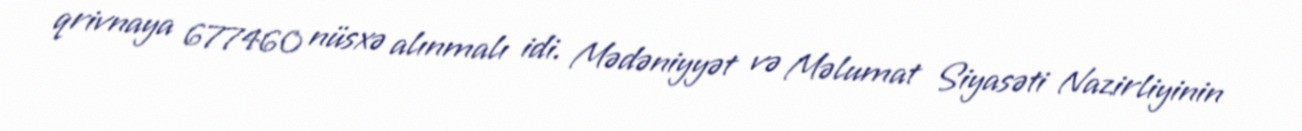
qrivnaya 677460 nüsxə alınmalı idi. Mədəniyyət və Məlumat Siyasəti Nazirliyinin